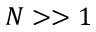
N > > 1